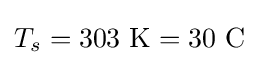
T_{s}=303~\mathrm {K} =30~\mathrm {C}